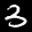
Label: 3